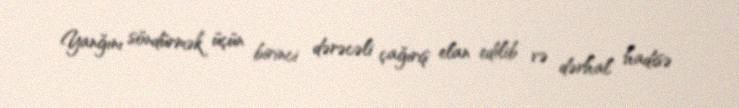
Yanğını söndürmək üçün birinci dərəcəli çağırış elan edilib və dərhal hadisə